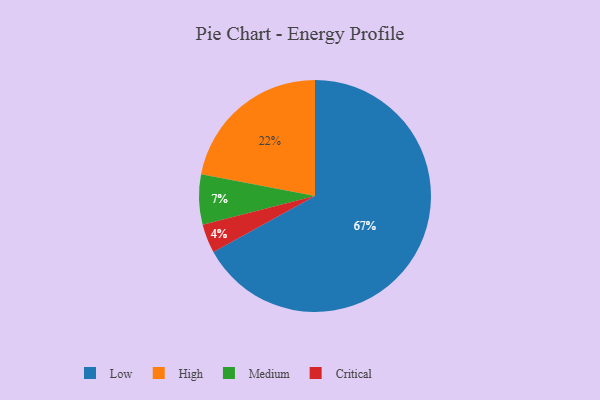
{"axis": {"x": "Category", "y": "Percentage"}, "legend": ["Critical", "High", "Low", "Medium"], "data": [{"x": "High", "y": 22, "type": "High"}, {"x": "Critical", "y": 4, "type": "Critical"}, {"x": "Low", "y": 67, "type": "Low"}, {"x": "Medium", "y": 7, "type": "Medium"}]}